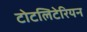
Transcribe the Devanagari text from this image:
टोटलिटेरियन